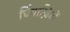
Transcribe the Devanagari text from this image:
चिंपाज़ियों